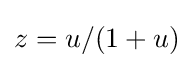
z=u/(1+u)